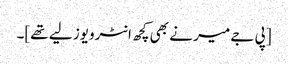
[پی جے میر نے بھی کچھ انٹرویوز لیے تھے]۔